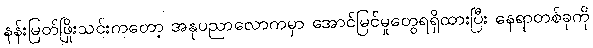
နန်းမြတ်ဖြိုးသင်းကတော့ အနုပညာလောကမှာ အောင်မြင်မှုတွေရရှိထားပြီး နေရာတစ်ခုကို